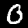
Digit: 0